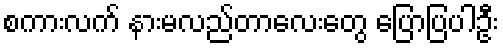
စကားလက် နားမလည်တာလေးတွေ ပြောပြပါဦး